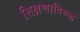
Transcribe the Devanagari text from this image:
शिक्षणाविरुद्ध